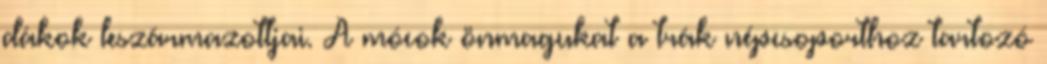
dákok leszármazottjai. A mócok önmagukat a trák népcsoporthoz tartozó